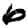
Digit: 6